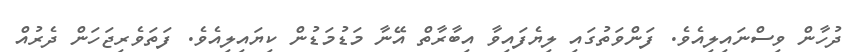
ދުހާން ވިސްނައިލިއެވެ. ފަންވަތުގައި ލިޔެފައިވާ އިބާރާތް އޭނާ މަޑުމަޑުން ކިޔައިލިއެވެ. ފަތަވެރިޖަހަން ދެރުއް